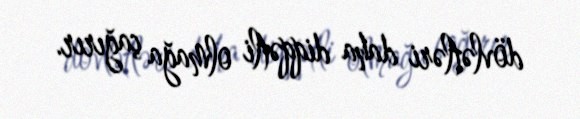
dövlətləri daha diqqətli olmağa çağırır.